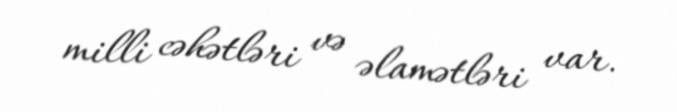
milli cəhətləri və əlamətləri var.